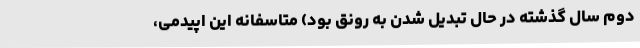
دوم سال گذشته در حال تبدیل شدن به رونق بود) متاسفانه این اپیدمی،